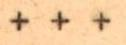
+ + +